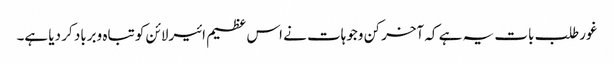
غورطلب بات یہ ہے کہ آخر کن وجوہات نے اس عظیم ائیرلائن کو تباہ وبرباد کر دیا ہے۔